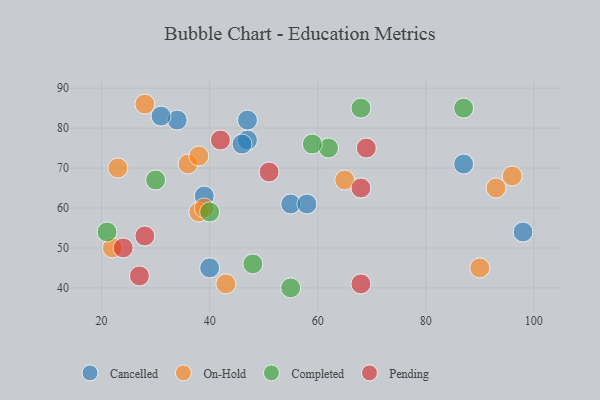
{"axis": {"x": "GDP", "y": "Life Expectancy"}, "legend": ["Cancelled", "Completed", "On-Hold", "Pending"], "data": [{"x": "39", "y": 63, "type": "Cancelled"}, {"x": "47", "y": 77, "type": "Cancelled"}, {"x": "87", "y": 71, "type": "Cancelled"}, {"x": "98", "y": 54, "type": "Cancelled"}, {"x": "40", "y": 45, "type": "Cancelled"}, {"x": "55", "y": 61, "type": "Cancelled"}, {"x": "58", "y": 61, "type": "Cancelled"}, {"x": "46", "y": 76, "type": "Cancelled"}, {"x": "34", "y": 82, "type": "Cancelled"}, {"x": "31", "y": 83, "type": "Cancelled"}, {"x": "47", "y": 82, "type": "Cancelled"}, {"x": "65", "y": 67, "type": "On-Hold"}, {"x": "23", "y": 70, "type": "On-Hold"}, {"x": "36", "y": 71, "type": "On-Hold"}, {"x": "38", "y": 73, "type": "On-Hold"}, {"x": "93", "y": 65, "type": "On-Hold"}, {"x": "96", "y": 68, "type": "On-Hold"}, {"x": "90", "y": 45, "type": "On-Hold"}, {"x": "38", "y": 59, "type": "On-Hold"}, {"x": "43", "y": 41, "type": "On-Hold"}, {"x": "28", "y": 86, "type": "On-Hold"}, {"x": "39", "y": 60, "type": "On-Hold"}, {"x": "22", "y": 50, "type": "On-Hold"}, {"x": "21", "y": 54, "type": "Completed"}, {"x": "62", "y": 75, "type": "Completed"}, {"x": "40", "y": 59, "type": "Completed"}, {"x": "30", "y": 67, "type": "Completed"}, {"x": "59", "y": 76, "type": "Completed"}, {"x": "48", "y": 46, "type": "Completed"}, {"x": "87", "y": 85, "type": "Completed"}, {"x": "55", "y": 40, "type": "Completed"}, {"x": "68", "y": 85, "type": "Completed"}, {"x": "24", "y": 50, "type": "Pending"}, {"x": "51", "y": 69, "type": "Pending"}, {"x": "68", "y": 65, "type": "Pending"}, {"x": "28", "y": 53, "type": "Pending"}, {"x": "42", "y": 77, "type": "Pending"}, {"x": "69", "y": 75, "type": "Pending"}, {"x": "27", "y": 43, "type": "Pending"}, {"x": "68", "y": 41, "type": "Pending"}]}